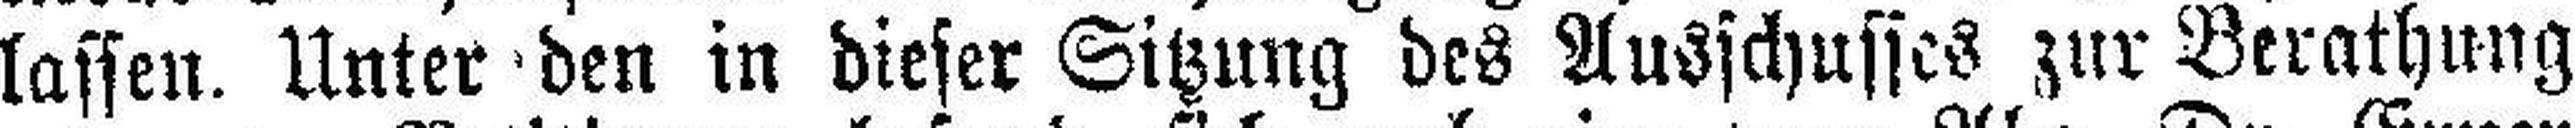
lassen. Unter den in dieser Sitzung des Ausschusses zur Berathung